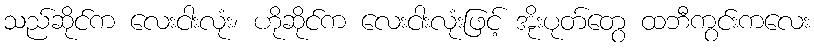
သည်ဆိုင်က လေးငါးလုံး၊ ဟိုဆိုင်က လေးငါးလုံးဖြင့် အိုးပုတ်တွေ ထဘီကွင်းကလေး